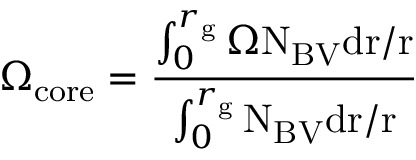
\Omega _ { \mathrm { c o r e } } = \frac { \int _ { 0 } ^ { r _ { \mathrm { g } } } { \Omega \mathrm { N _ { \mathrm { B V } } d r / r } } } { \int _ { 0 } ^ { r _ { \mathrm { g } } } \mathrm { N _ { \mathrm { B V } } d r / r } }